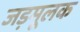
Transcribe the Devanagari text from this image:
जड़मूलक